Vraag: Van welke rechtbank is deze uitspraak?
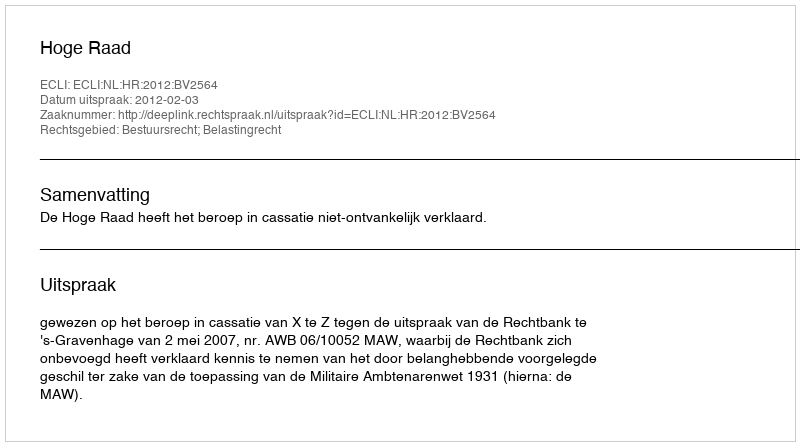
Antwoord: Hoge Raad